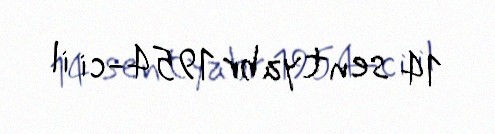
14 sentyabr 1954-ci il